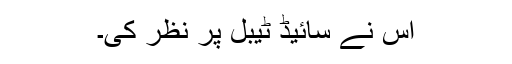
اس نے سائیڈ ٹیبل پر نظر کی۔